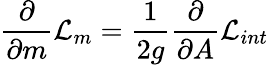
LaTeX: \frac{\partial}{{\partial}m}{\cal{L}}_{m}=\frac{1}{2g}\frac{\partial}{\partial A}{\cal{L}}_{int}